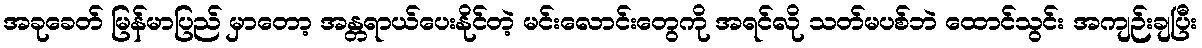
အခုခေတ် မြန်မာပြည် မှာတော့ အန္တရာယ်ပေးနိုင်တဲ့ မင်းလောင်းတွေကို အရင်လို သတ်မပစ်ဘဲ ထောင်သွင်း အကျဉ်းချပြီး